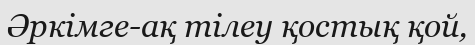
Әркімге-ақ тілеу қостық қой,